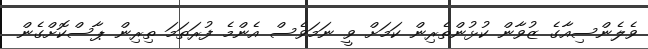
ވެލެންސިއާގެ ޒުވާން ކުޅުންތެރިން ކަމަށް ވީ ނަމަވެސް އެންމެ ފުރަތަމަ ތިރިން ޕާސްކޮށްގެން